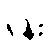
ရုန်း